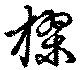
樛